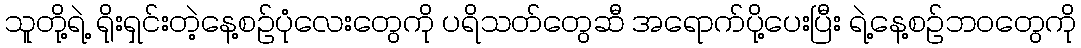
သူတို့ရဲ့ ရိုးရှင်းတဲ့နေ့စဉ်ပုံလေးတွေကို ပရိသတ်တွေဆီ အရောက်ပို့ပေးပြီး ရဲ့နေ့စဉ်ဘဝတွေကို